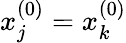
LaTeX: x_{j}^{(0)}=x_{k}^{(0)}